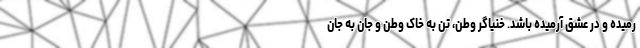
رمیده و در عشق آرمیده باشد. خنیاگر وطن، تن به خاک وطن و جان به جان